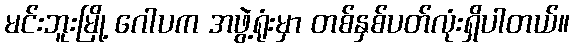
မင်းဘူးမြို့ ဂေါပက အဖွဲ့ရုံးမှာ တစ်နှစ်ပတ်လုံးရှိပါတယ်။